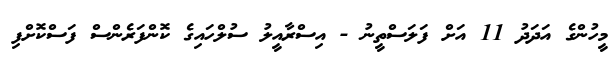
މީހުންގެ އަދަދު 11 އަށް ފަލަސްތީނު - އިސްރާއީލު ސުލްހައިގެ ކޮންފަރެންސް ފަސްކޮށްފި